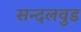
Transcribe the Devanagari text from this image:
सन्दलवुड